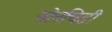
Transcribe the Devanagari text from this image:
सोनचिडी